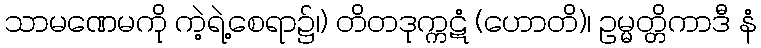
သာမဏေမကို ကဲ့ရဲ့စေရာ၌၊) တိတဒုက္ကဋံ (ဟောတိ)၊ ဥမ္မတ္တိကာဒီ နံ